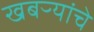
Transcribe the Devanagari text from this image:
खबऱ्यांचे